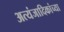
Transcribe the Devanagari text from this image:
अत्यंजादिकांच्या